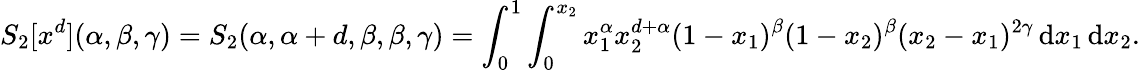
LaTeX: S_{2}[x^{d}](\alpha,\beta,\gamma)=S_{2}(\alpha,\alpha+d,\beta,\beta,\gamma)=\int_{0}^{1}\int_{0}^{x_{2}}x_{1}^{\alpha}x_{2}^{d+\alpha}(1-x_{1})^{\beta}(1-x_{2})^{\beta}(x_{2}-x_{1})^{2\gamma}\, \mathrm{d}x_{1}\, \mathrm{d}x_{2}.